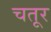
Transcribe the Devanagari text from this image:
चतूर